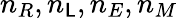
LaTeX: n_{R},n_{\mathsf{L}},n_{E},n_{M}